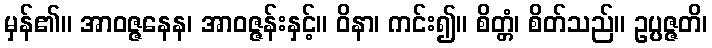
မှန်၏။ အာဝဇ္ဇနေန၊ အာဝဇ္ဇန်းနှင့်။ ဝိနာ၊ ကင်း၍။ စိတ္တံ၊ စိတ်သည်။ ဥပ္ပဇ္ဇတိ၊